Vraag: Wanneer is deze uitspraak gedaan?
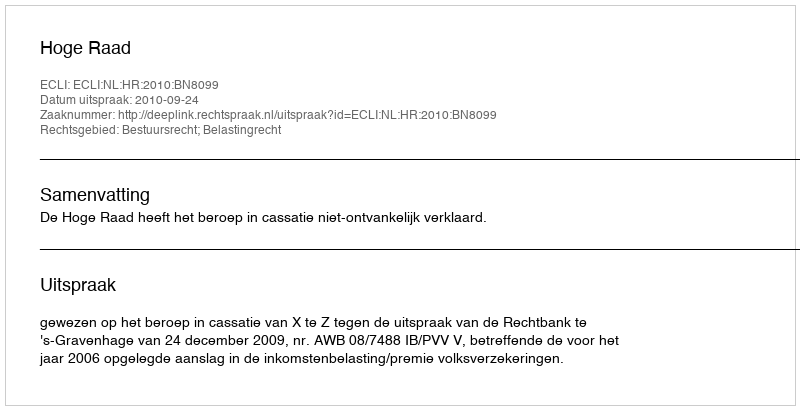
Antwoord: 2010-09-24